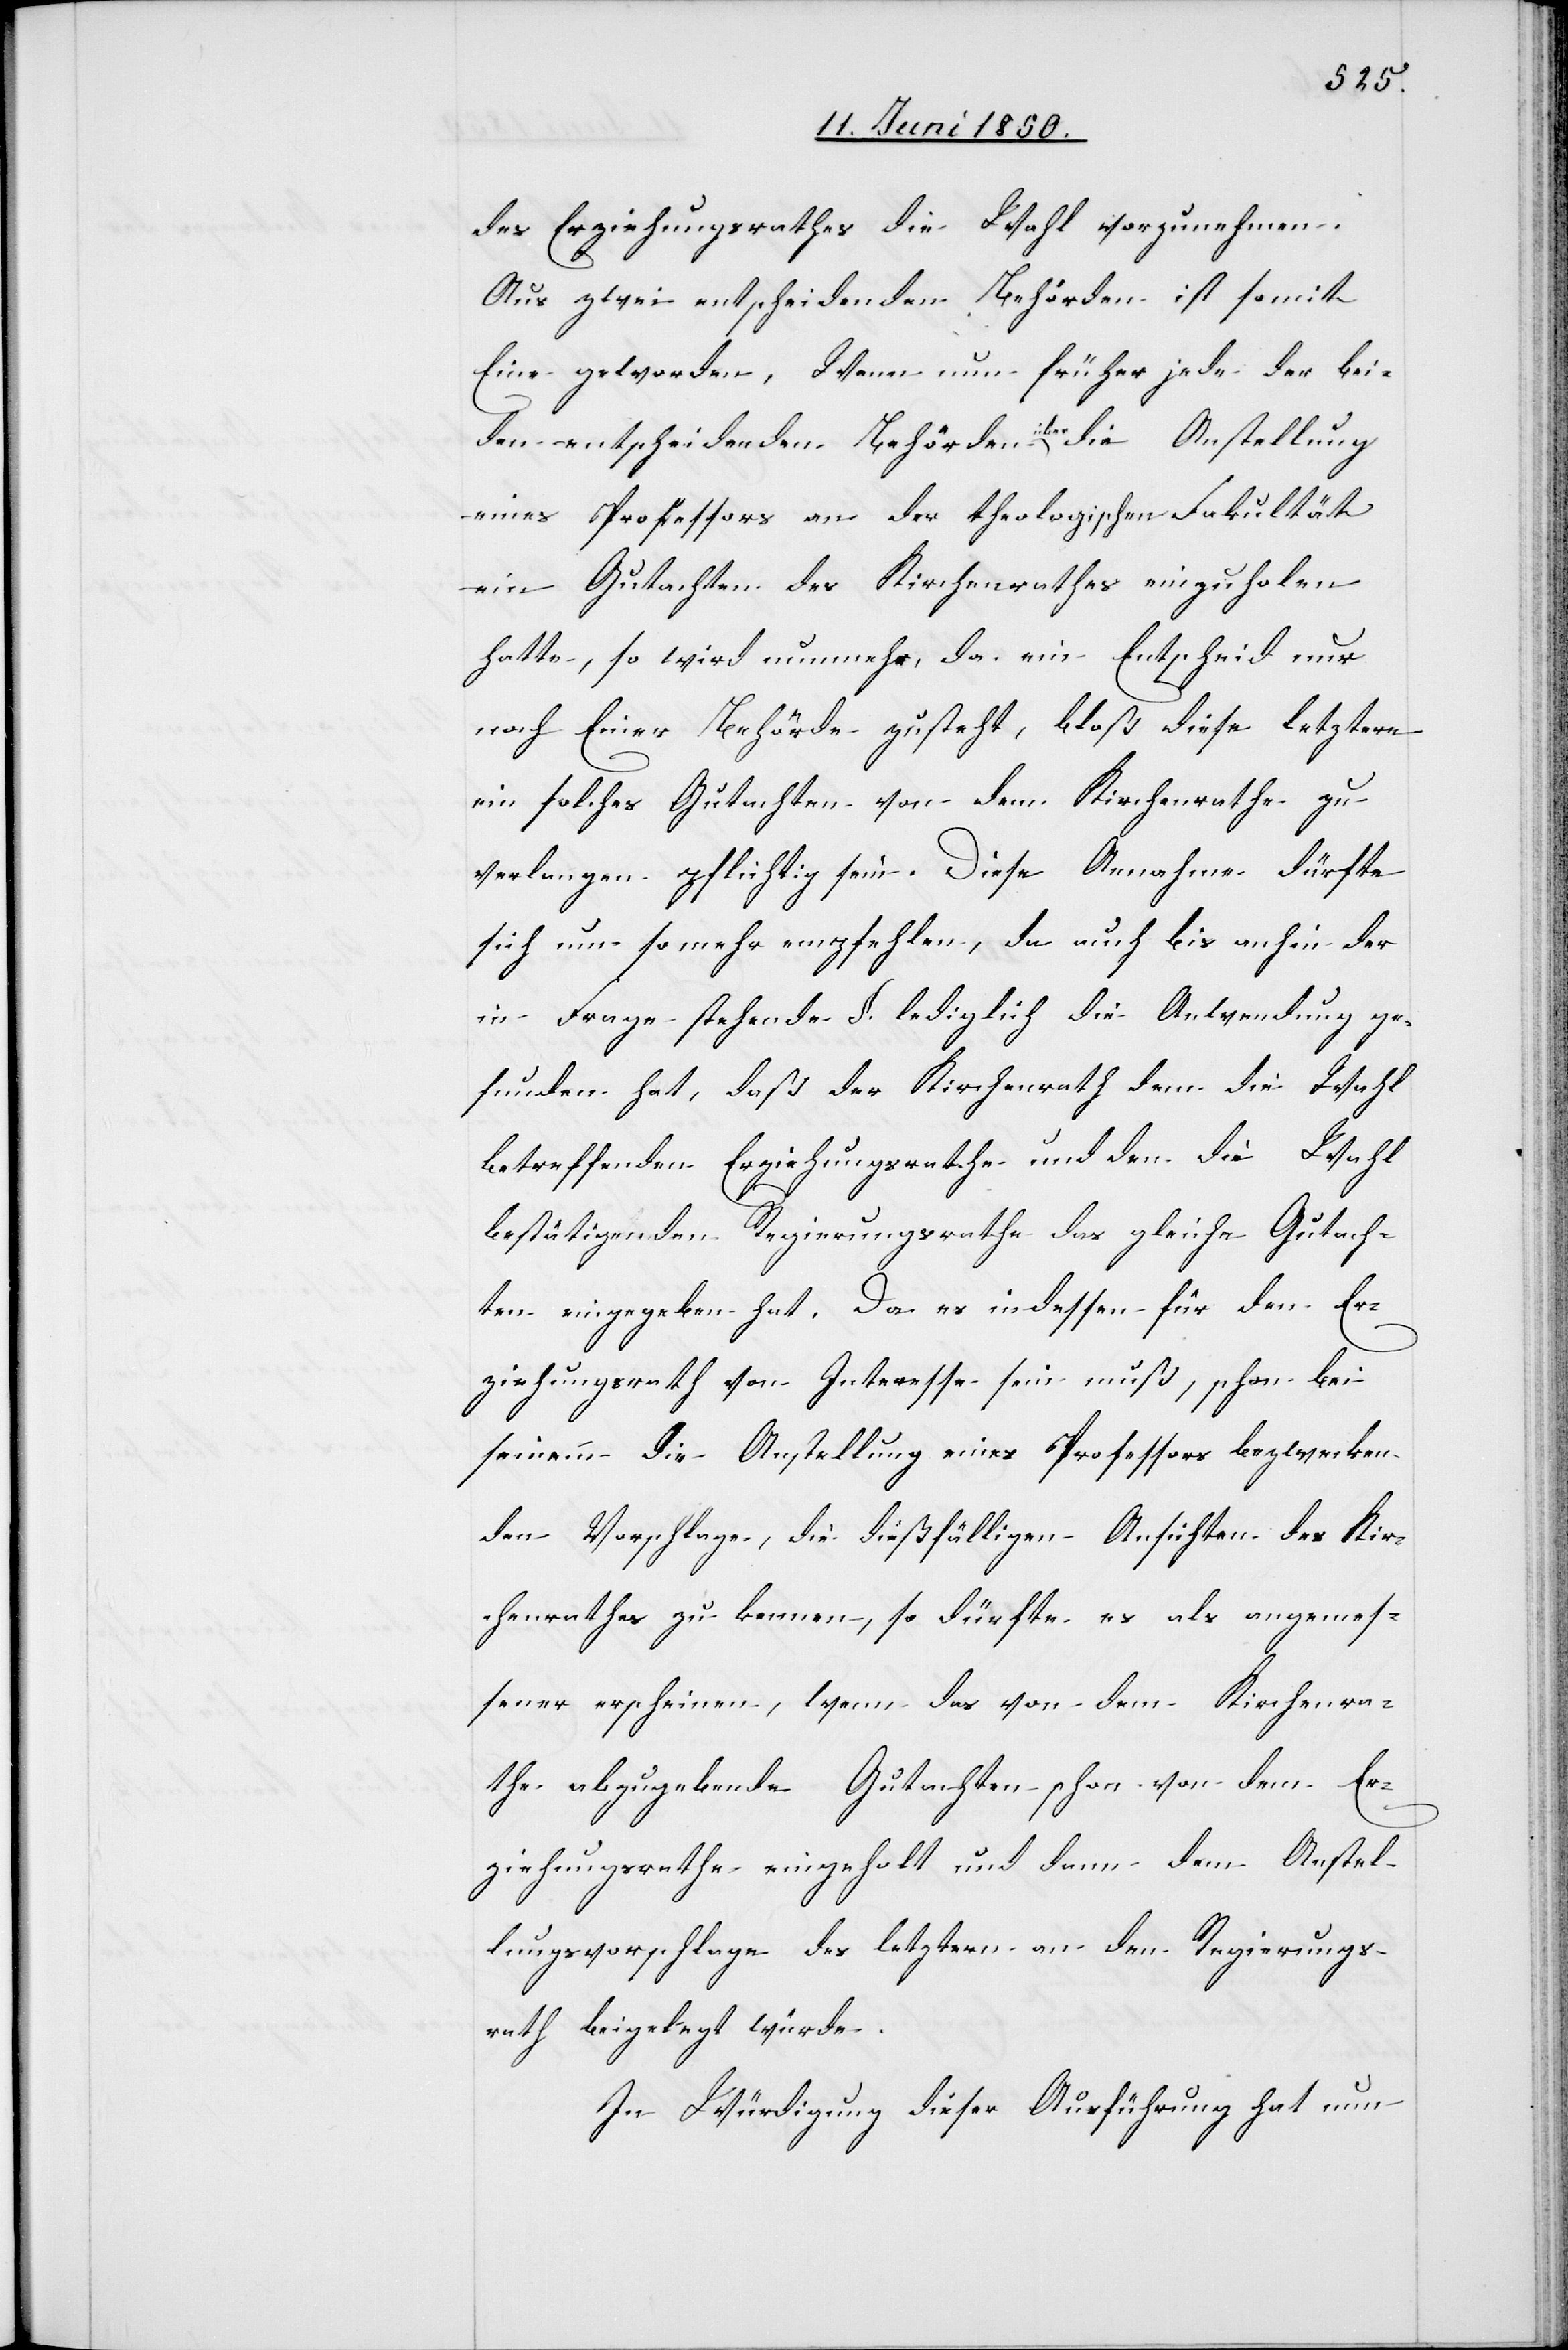
des Erziehungsrathes die Wahl vorzunehmen.
Aus zwei entscheidenden Behörden ist somit
Eine geworden, Wenn nun früher jede der bei¬
den entscheidenden Behörden über die Anstellung
eines Professors an der theologischen Fakultät
ein Gutachten des Kirchenrathes einzuholen
hatte, so wird nunmehr, da ein Entscheid nur
noch Einer Behörde zusteht, bloß diese letztere
ein solches Gutachten von dem Kirchenrathe zu
verlangen pflichtig sein. Diese Annahme dürfte
sich um so mehr empfehlen, da auch bis anhin der
in Frage stehende §. lediglich die Anwendung ge¬
funden hat, daß der Kirchenrath dem die Wahl
betreffenden Erziehungsrathe und den die Wahl
bestätigenden Regierungsrathe das gleiche Gutach¬
ten eingegeben hat. Da es indessen für den Er¬
ziehungsrath von Interesse sein muß, schon bei
seinem die Anstellung eines Professors bezwecken¬
den Vorschlage, die dießfälligen Ansichten des Kir¬
chenrathes zu kennen, so dürfte es als angemes¬
sener erscheinen, wenn das von dem Kirchenra¬
the abzugebende Gutachten schon von dem Er¬
ziehungsrathe eingeholt und dann dem Anstel¬
lungsvorschlage des letztern an den Regierungs¬
rath beigelegt würde.
In Würdigung dieser Ausführung hat nun